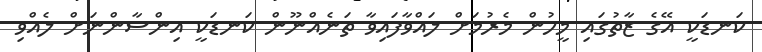
ކަނޑަކީ އޭގެ ޒާތުގައި މީހުން މެރުމަށް ލައްވާފައިވާ ތަނެއްނޫން ކަނޑަކީ އިންސާންނަށް ލެއްވި